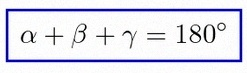
\alpha+\beta+\gamma=180^\circ